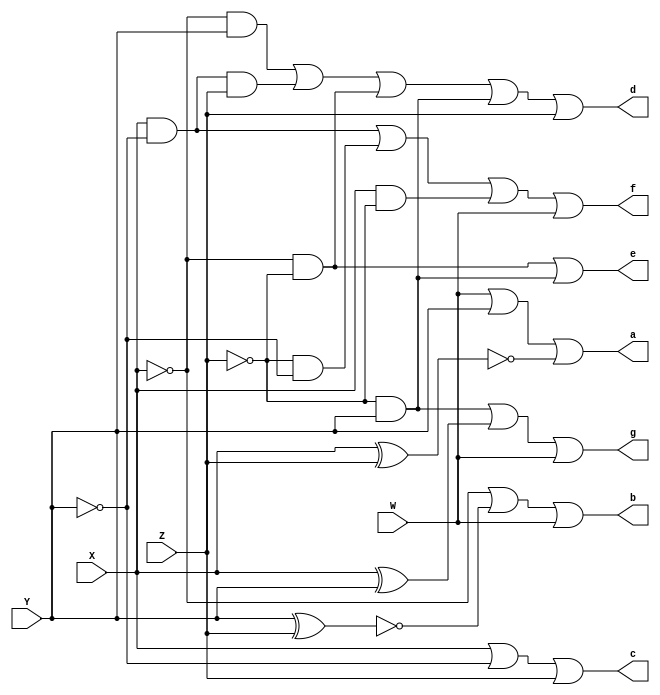
module BCD (W, X, Y, Z,a,b,c,d,e,f,g);
input W, X, Y, Z;
output a,b,c,d,e,f,g;
reg a,b,c,d,e,f,g;
always @ (W or X or Y or Z)  
	begin
	a =  (W|Y)| ~(X ^Z);
	b = ~X|~(Y^Z) |W;
	c = X|~Y|Z;
	d = (~X&Y)|(X & ~Y & Z)|(~X&~Z)|(~Z&Y) |Z;
	e = (~X&~Z)|(Y&~Z);
	f = (~Y&X)|(~Z&~Y)|(X&~Z) |W ;
	g = (Y&~Z)| (X ^ Y)| W;
end
endmodule

module BDC_tb;
reg W, X, Y, Z; 
wire a,b,c,d,e,f,g;
BCD U1(W,X,Y,Z,a,b,c,d,e,f,g);

initial
	begin
     
		$display("|Binary | +10\t| Dec\t| X\t| Y\t| Z\t| a1\t| b1\t| c1\t| d1\t| e1\t| f1\t| g1\t|MSD|a2\t| b2\t| c2\t| d2\t| e2\t| f2\t| g2\t|LSD");
        $display("-------------------------------------------------------------------------------------------------------------------------------------------------------------------------");
		W =1'b0; X =1'b0; Y =1'b0; Z =1'b0;
		
		#8
        
		$finish;
end
always #8 W =~W;
always #4 X=~X;
always #2 Y=~Y;
always #1 Z=~Z;

initial begin

  $monitor("| %g\t| 10\t| 1%g\t| %b\t| %b\t| %b\t| 0\t| 1\t| 1\t| 0\t| 0\t| 0\t| 0\t| 1 | %b\t| %b\t| %b\t| %b\t| %b\t| %b\t| %b\t| 1%g\n-------------------------------------------------------------------------------------------------------------------------------------------------------------------------", 
  $time,$time,X,Y,Z,a,b,c,d,e,f,g,$time);
end

endmodule